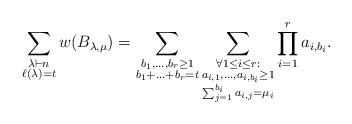
LaTeX: \begin{align*}\sum_{\substack{\lambda \vdash n \\ \ell(\lambda) = t}} w(B_{\lambda,\mu}) = \sum_{\substack{b_1,\ldots,b_{r} \ge 1\\ b_1+\ldots + b_r = t}} \sum_{\substack{\forall 1 \le i \le r:\\ a_{i,1},\ldots, a_{i,b_i} \ge 1 \\ \sum_{j=1}^{b_i} a_{i,j}=\mu_i}} \prod_{i=1}^{r} a_{i,b_i}.\end{align*}